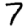
Digit: 7